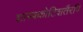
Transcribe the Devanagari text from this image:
शास्त्रकोटिशतैरपि